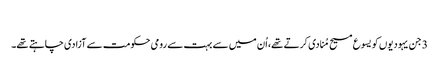
‏
3 جن یہودیوں کو یسوع مسیح مُنادی کرتے تھے،‏ اُن میں سے بہت سے رومی حکومت سے آزادی چاہتے تھے۔